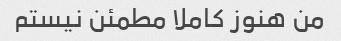
من هنوز کاملا مطمئن نیستم